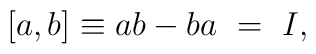
[a,b] \equiv ab  -  ba \ =\ I,